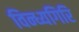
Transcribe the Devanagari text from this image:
विन्ध्यगिरि